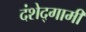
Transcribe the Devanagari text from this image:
दंशेद्गामी